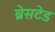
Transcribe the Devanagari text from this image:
ब्रेसटेड